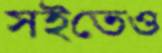
সইতেও